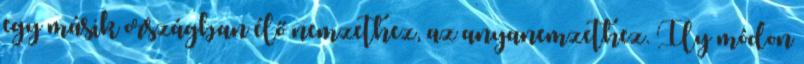
egy másik országban élő nemzethez, az anyanemzethez. Ily módon